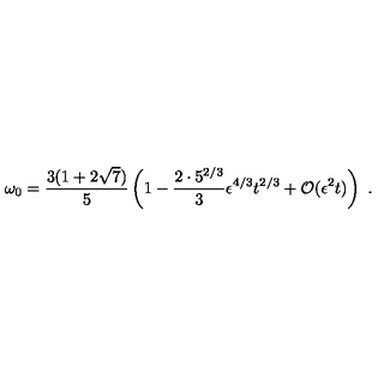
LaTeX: \omega _ { 0 } = { \frac { 3 ( 1 + 2 \sqrt { 7 } ) } { 5 } } \left( 1 - { \frac { 2 \cdot 5 ^ { 2 / 3 } } { 3 } } \epsilon ^ { 4 / 3 } t ^ { 2 / 3 } + { \cal O } ( \epsilon ^ { 2 } t ) \right) \ .